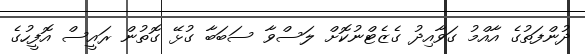
ދުންފަތުގެ އާއްމު ގަވާއިދު ގެޒެޓްނުކޮށް ލަސްވާ ސަބަބާ ގުޅޭ ގޮތުން ރައީސް އޮފީހުގެ